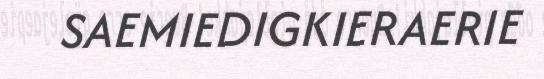
SAEMIEDIGKIERAERIE